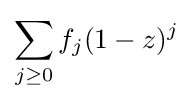
\sum _{j\geq 0}f_{j}(1-z)^{j}